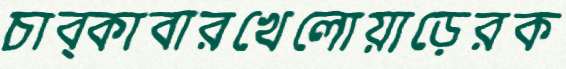
চাব্‌কাবারখেলোয়াড়েরক